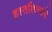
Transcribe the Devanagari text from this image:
हस्तशिल्पांचे